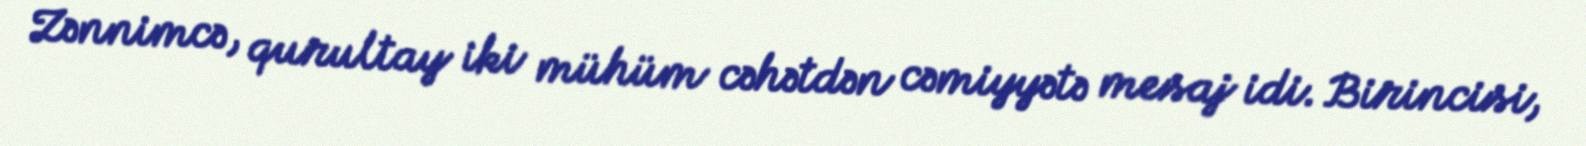
Zənnimcə, qurultay iki mühüm cəhətdən cəmiyyətə mesaj idi. Birincisi,